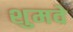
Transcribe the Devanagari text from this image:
शुमवे